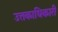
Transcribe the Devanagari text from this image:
उत्तकाधिकारी